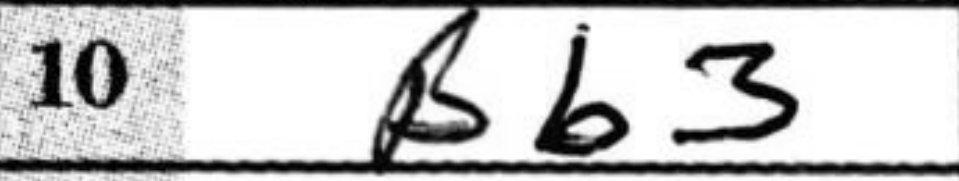
Transcription: Bb3